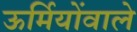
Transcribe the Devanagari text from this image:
ऊर्मियोंवाले